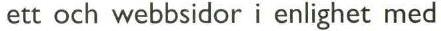
ett och webbsidor i enlighet med